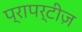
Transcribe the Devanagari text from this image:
प्रापर्टीज़